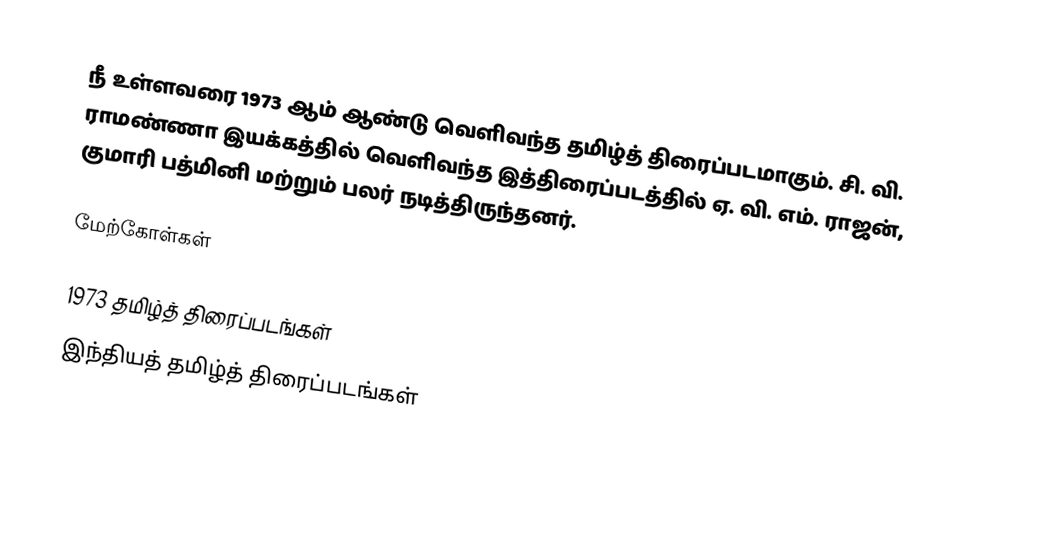
நீ உள்ளவரை 1973 ஆம் ஆண்டு வெளிவந்த தமிழ்த் திரைப்படமாகும். சி. வி. ராமண்ணா இயக்கத்தில் வெளிவந்த இத்திரைப்படத்தில் ஏ. வி. எம். ராஜன், குமாரி பத்மினி மற்றும் பலர் நடித்திருந்தனர்.

மேற்கோள்கள்

1973 தமிழ்த் திரைப்படங்கள்
இந்தியத் தமிழ்த் திரைப்படங்கள்